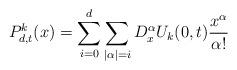
LaTeX: \begin{align*} P^k_{d,t}(x) & = \sum_{i=0}^d \sum_{|\alpha|=i} D^{\alpha}_x U_k (0,t) \frac{x^{\alpha}}{\alpha !} \end{align*}